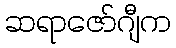
ဆရာဇော်ဂျီက